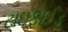
ટાઇફોઈડ